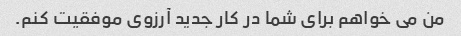
من می خواهم برای شما در کار جدید آرزوی موفقیت کنم.